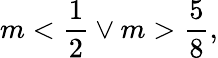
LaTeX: m<\frac{1}{2}\lor m>\frac{5}{8},